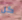
كل